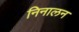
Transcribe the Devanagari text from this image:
निनालन